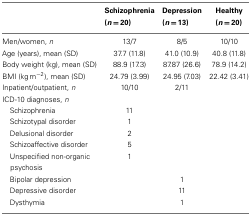
<table><thead><tr><td></td><td><b>Schizophrenia (<i>n</i> = 20)</b></td><td><b>Depression (<i>n</i> = 13)</b></td><td><b>Healthy (<i>n</i> = 20)</b></td></tr></thead><tbody><tr><td>Men/women, <i>n</i></td><td>13/7</td><td>8/5</td><td>10/10</td></tr><tr><td>Age (years), mean (SD)</td><td>37.7 (11.8)</td><td>41.0 (10.9)</td><td>40.8 (11.8)</td></tr><tr><td>Body weight (kg), mean (SD)</td><td>88.9 (17.3)</td><td>87.87 (26.6)</td><td>78.9 (14.2)</td></tr><tr><td>BMI (kg m<sup>−2</sup>), mean (SD)</td><td>24.79 (3.99)</td><td>24.95 (7.03)</td><td>22.42 (3.41)</td></tr><tr><td>Inpatient/outpatient, <i>n</i></td><td>10/10</td><td>2/11</td><td></td></tr><tr><td>ICD-10 diagnoses, <i>n</i></td><td></td><td></td><td></td></tr><tr><td> Schizophrenia</td><td>11</td><td></td><td></td></tr><tr><td> Schizotypal disorder</td><td>1</td><td></td><td></td></tr><tr><td> Delusional disorder</td><td>2</td><td></td><td></td></tr><tr><td> Schizoaffective disorder</td><td>5</td><td></td><td></td></tr><tr><td> Unspecified non-organic psychosis</td><td>1</td><td></td><td></td></tr><tr><td> Bipolar depression</td><td></td><td>1</td><td></td></tr><tr><td> Depressive disorder</td><td></td><td>11</td><td></td></tr><tr><td> Dysthymia</td><td></td><td>1</td><td></td></tr></tbody></table>